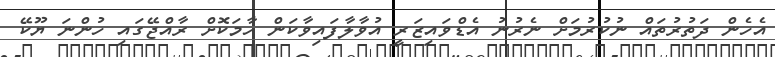
އެހެން ދަތުރުތައް ނުކުރުމަށް ނެރުނު އެޑްވައިޒަރީ އުވާލާފައިވާކަން ހާމަކޮށް ރާއްޖޭގައި ހުންނަ ޔޫކޭ